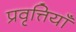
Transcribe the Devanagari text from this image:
प्रवृत्तियॉं